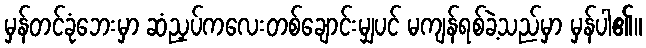
မှန်တင်ခုံဘေးမှာ ဆံညှပ်ကလေးတစ်ချောင်းမျှပင် မကျန်ရစ်ခဲ့သည်မှာ မှန်ပါ၏။